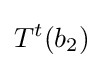
T^{t}(b_{2})